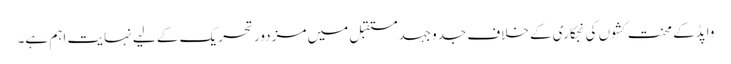
واپڈکے محنت کشوں کی نجکاری کے خلاف جدوجہدمستقبل میں مزدور تحریک کے لیے نہایت اہم ہے۔